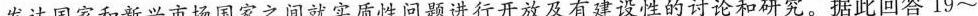
发达国家和新兴市场国家之间就实质性问题进行开放及有建设性的讨论和研究。据此回答19~